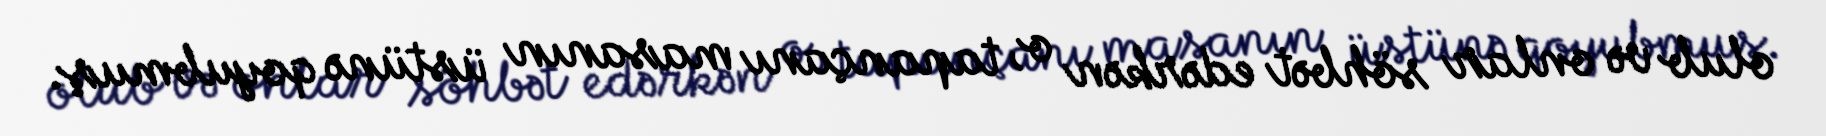
olub və onlar söhbət edərkən o, tapançanı masanın üstünə qoyubmuş.